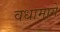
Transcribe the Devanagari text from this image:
वधामागे